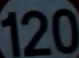
120